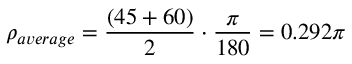
\rho _ { a v e r a g e } = \frac { ( 4 5 + 6 0 ) } { 2 } \cdot \frac { \pi } { 1 8 0 } = 0 . 2 9 2 \pi